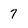
Character: 7